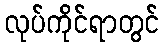
လုပ်ကိုင်ရာတွင်